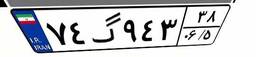
۷۴گ۹۴۳۳۸